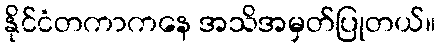
နိုင်ငံတကာကနေ အသိအမှတ်ပြုတယ်။